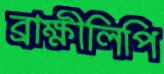
ব্রাক্ষীলিপি